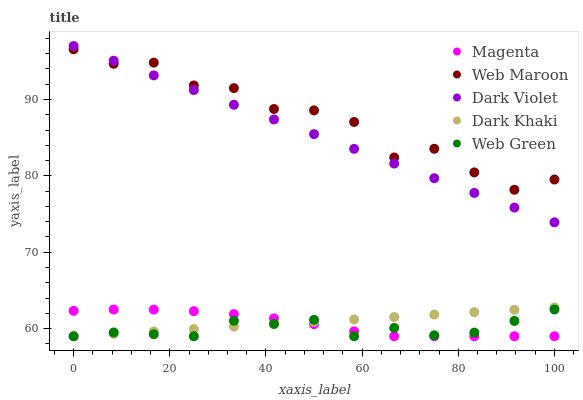
| xaxis_label | Magenta | Web Maroon | Dark Violet | Dark Khaki | Web Green |
 | --- | --- | --- | --- | --- | --- |
 | 0 | 62.3 | 96.6 | 97 | 59 | 59 |
 | 8.33 | 62.5 | 94.7 | 95.1 | 59.3 | 59.5 |
 | 16.7 | 62.5 | 94.8 | 93.2 | 59.6 | 59.3 |
 | 25 | 62.3 | 91.8 | 91.2 | 59.9 | 59 |
 | 33.3 | 61.9 | 91.5 | 89.3 | 60.3 | 61 |
 | 41.7 | 61.3 | 88.8 | 87.4 | 60.6 | 60.6 |
 | 50 | 60.6 | 88.6 | 85.5 | 60.9 | 61.1 |
 | 58.3 | 59.6 | 87.1 | 83.5 | 61.2 | 59 |
 | 66.7 | 59 | 82.4 | 81.6 | 61.5 | 60.1 |
 | 75 | 59 | 83.5 | 79.7 | 61.8 | 59.1 |
 | 83.3 | 59 | 80.5 | 77.8 | 62.1 | 59.5 |
 | 91.7 | 59 | 78.2 | 75.8 | 62.5 | 61 |
 | 100 | 59 | 79.5 | 73.9 | 62.8 | 62.5 |